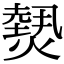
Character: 𤎮